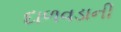
દાળવડાની